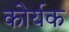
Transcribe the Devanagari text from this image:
कोर्यक